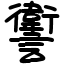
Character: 讆